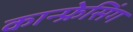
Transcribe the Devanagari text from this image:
कान्फ्रेसिंग